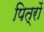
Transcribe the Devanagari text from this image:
पित्रों